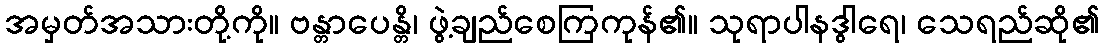
အမှတ်အသားတို့ကို။ ဗန္တာပေန္တိ၊ ဖွဲ့ချည်စေကြကုန်၏။ သုရာပါနဒွါရေ၊ သေရည်ဆို၏